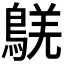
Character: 𪁸